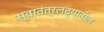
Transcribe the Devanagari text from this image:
स्वातंत्रलढ्यातील